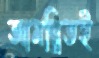
আমন্ত্রিতই